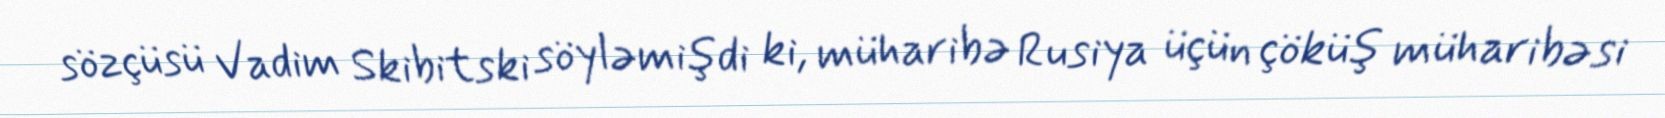
sözçüsü Vadim Skibitski söyləmişdi ki, müharibə Rusiya üçün çöküş müharibəsi